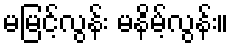
မမြင့်လွန်း မနိမ့်လွန်း။